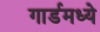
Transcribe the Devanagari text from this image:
गार्डमध्ये